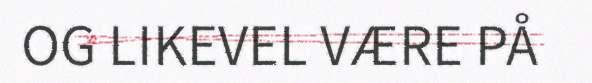
OG LIKEVEL VÆRE PÅ